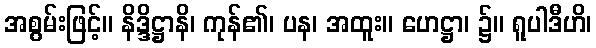
အစွမ်းဖြင့်။ နိဒ္ဒိဋ္ဌာနိ၊ ကုန်၏၊ ပန၊ အထူး။ ဟေဋ္ဌာ၊ ၌။ ရူပါဒီဟိ၊